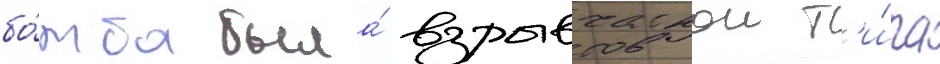
бо́мба была́ взрывчаткои т'и́па